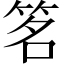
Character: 𬔽